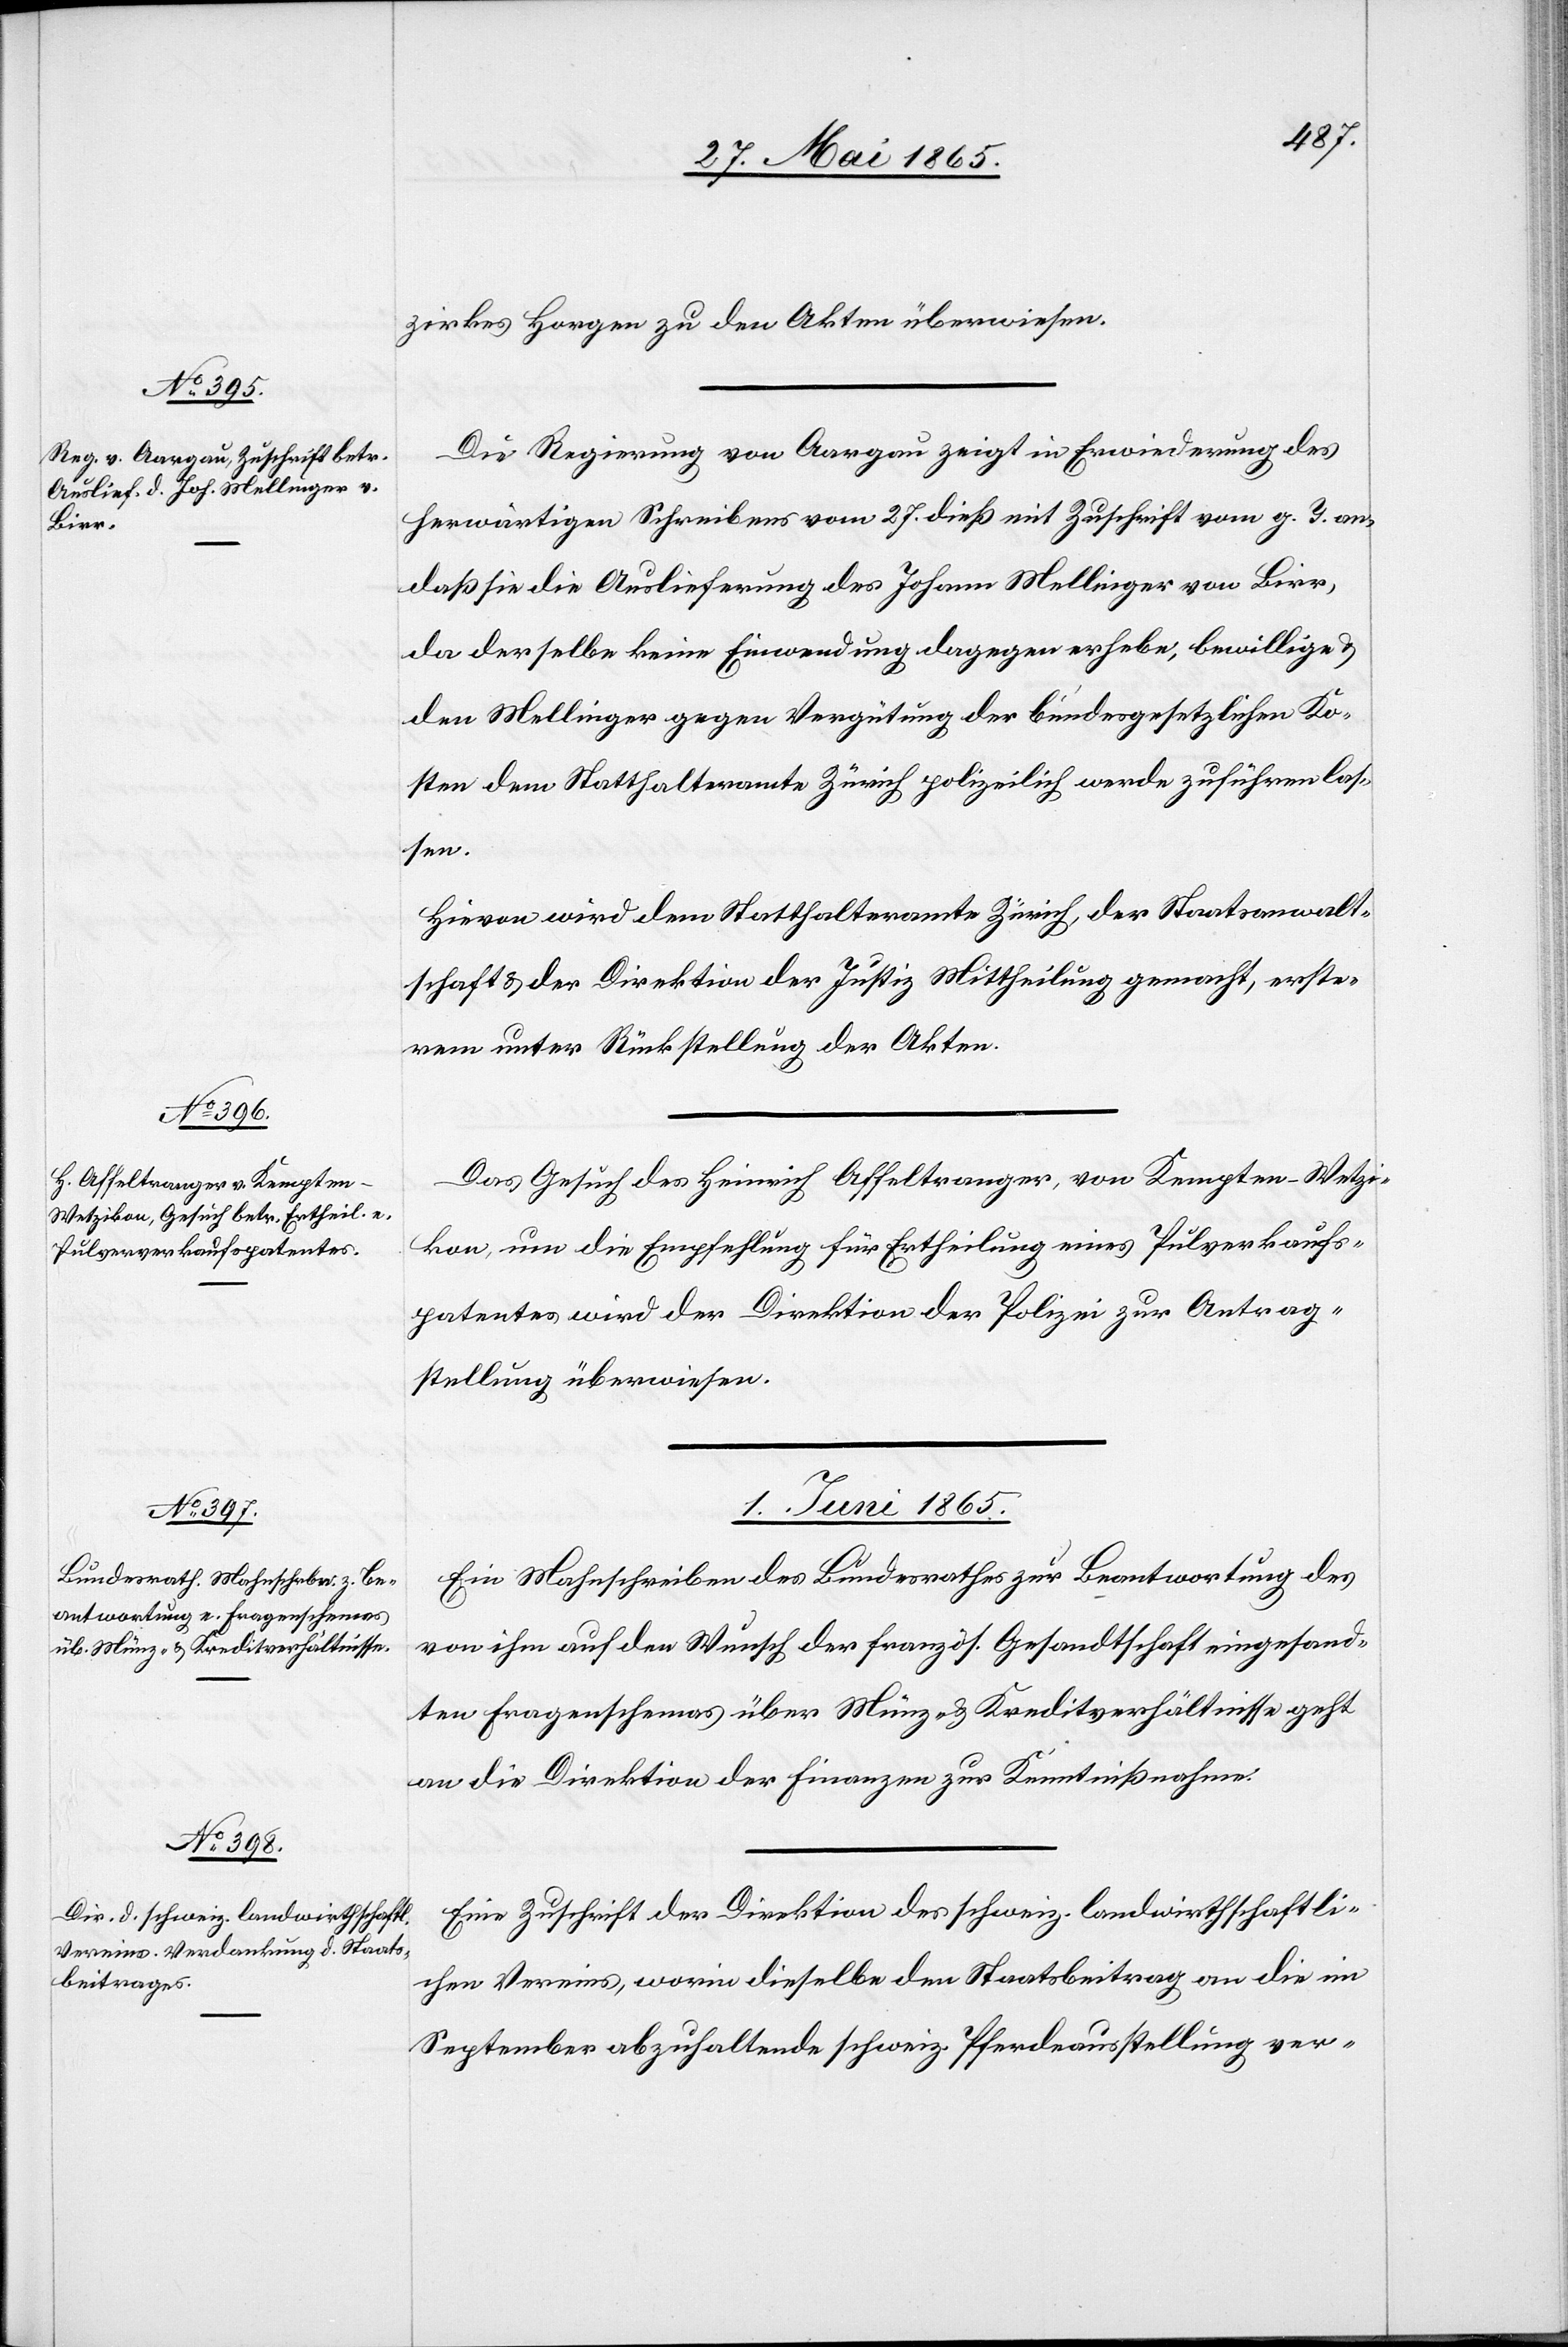
30. Mai 1865.]
zirkes Horgen zu den Akten überwiesen.
Die Regierung von Aargau zeigt in Erwiederung des
herwärtigen Schreibens vom 27. dieß mit Zuschrift vom g. T. an,
daß sie die Auslieferung des Johann Mellinger von Birr,
da derselbe keine Einwendung dagegen erhebe, bewillige &
den Mellinger gegen Vergütung der bundesgesetzlichen Ko¬
sten dem Statthalteramte Zürich polizeilich werde zuführen las¬
sen.
Hievon wird dem Statthalteramte Zürich, der Staatsanwalt¬
schaft & der Direktion der Justiz Mittheilung gemacht, erste¬
rem unter Rückstellung der Akten.
Das Gesuch des Heinrich Affeltranger, von Kempten-Wetzi¬
kon, um die Empfehlung für Ertheilung eines Pulver[ver]kaufs¬
patentes wird der Direktion der Polizei zur Antrag¬
stellung überwiesen.
1. Juni 1865.]
Ein Mahnschreiben des Bundesrathes zur Beantwortung des
von ihm auf den Wunsch der französ. Gesandtschaft eingesand¬
ten Fragenschemas über Münz- & Kreditverhältnisse geht
an die Direktion der Finanzen zur Kenntnißnahme.
Eine Zuschrift der Direktion des schweiz. landwirthschaftli¬
chen Vereins, worin dieselbe den Staatsbeitrag an die im
September abzuhaltende schweiz. Pferdeausstellung ver-